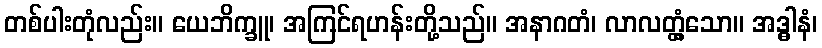
တစ်ပါးတုံလည်း။ ယေဘိက္ခူ၊ အကြင်ရဟန်းတို့သည်။ အနာဂတံ၊ လာလတ္တံ့သော။ အဒ္ဓါနံ၊